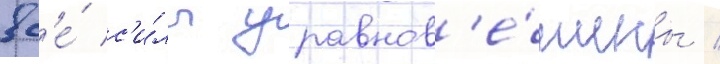
вс'е́ с'и́лы уравнов'е́шены /